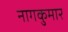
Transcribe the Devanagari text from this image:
नागकुमार